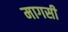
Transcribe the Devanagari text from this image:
मागसी